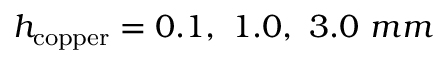
h _ { \mathrm { c o p p e r } } = 0 . 1 , \ 1 . 0 , \ 3 . 0 \ m m